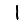
Digit: 1